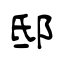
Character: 邸